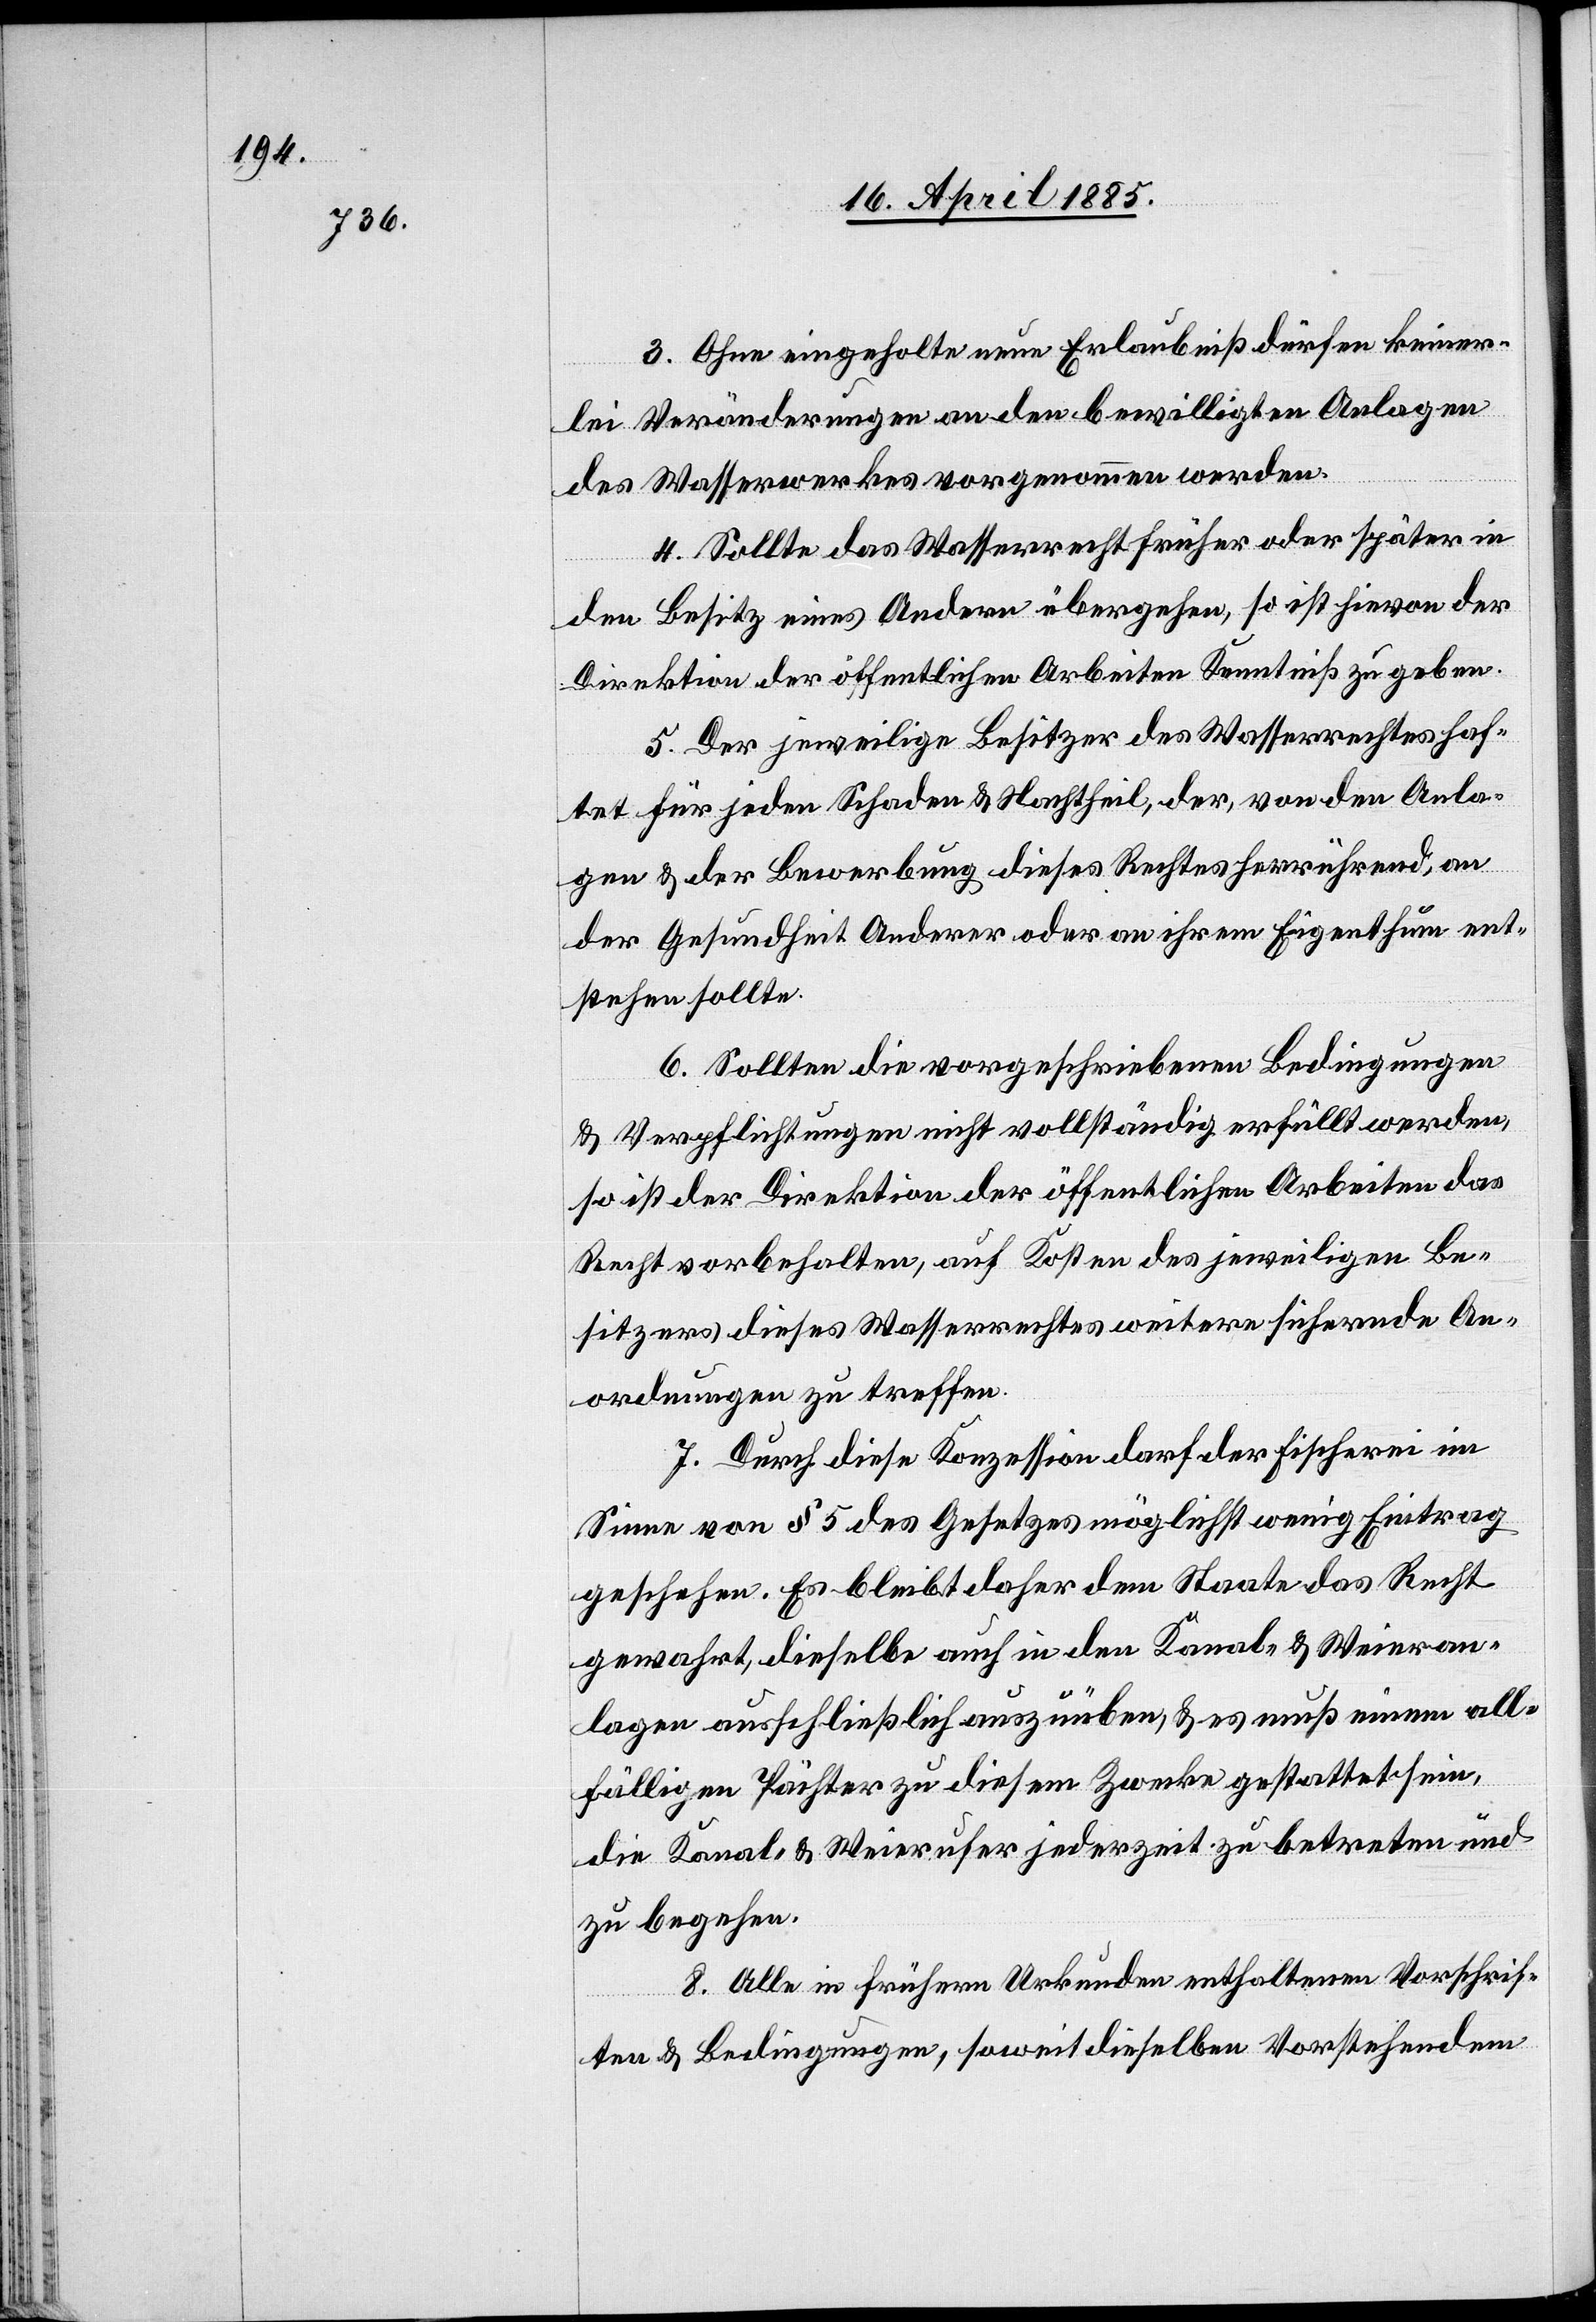
3. Ohne eingeholte neue Erlaubniß dürfen keiner¬
lei Veränderungen an den bewilligten Anlagen
des Wasserwerkes vorgenommen werden.
4. Sollte das Wasserrecht früher oder später in
den Besitz eines Andern übergehen, so ist hievon der
Direktion der öffentlichen Arbeiten Kenntniß zu geben.
5. Der jeweilige Besitzer des Wasserrechtes haf¬
tet für jeden Schaden & Nachtheil, der, von den Anla¬
gen & der Bewerbung dieses Rechtes herrührend, an
der Gesundheit Anderer oder an ihrem Eigenthum ent¬
stehen sollte.
6. Sollten die vorgeschriebenen Bedingungen
& Verpflichtungen nicht vollständig erfüllt werden,
so ist der Direktion der öffentlichen Arbeiten das
Recht vorbehalten, auf Kosten des jeweiligen Be¬
sitzers dieses Wasserrechtes weitere sichernde An¬
ordnungen zu treffen.
7. Durch diese Konzession darf der Fischerei im
Sinne von § 5 des Gesetzes möglichst wenig Eintrag
geschehen. Es bleibt daher dem Staate das Recht
gewahrt, dieselbe auch in den Kanal- & Weieran¬
lagen ausschließlich auszuüben, & es muß einem all¬
fälligen Pächter zu diesem Zwecke gestattet sein,
die Kanal- & Weierufer jederzeit zu betreten und
zu begehen.
8. Alle in frühern Urkunden enthaltenen Vorschrif¬
ten & Bedingungen, soweit dieselben Vorstehendem